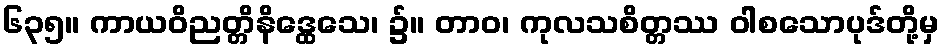
၆၃၅။ ကာယဝိညတ္တိနိဒ္ထေသေ၊ ၌။ တာဝ၊ ကုလသစိတ္တဿ ဝါစသောပုဒ်တို့မှ